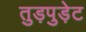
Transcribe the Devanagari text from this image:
तुड़पुड़ेट